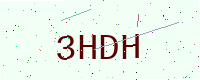
Text: 3HDH